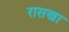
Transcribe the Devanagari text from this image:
रासखा